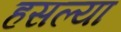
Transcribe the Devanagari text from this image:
हसल्या